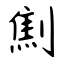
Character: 劁